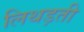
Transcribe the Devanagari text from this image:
लिथड़ती